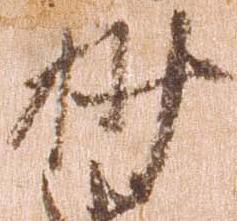
抄